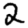
Digit: 2